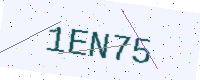
Text: 1EN75